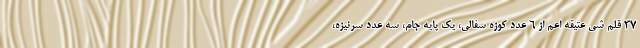
۳۷ قلم شی عتیقه اعم از ۶ عدد کوزه سفالی، یک پایه جام، سه عدد سرنیزه،